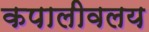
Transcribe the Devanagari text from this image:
कपालीवलय